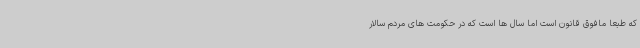
که طبعاً مافوق قانون است اما سال ها است که در حکومت های مردم سالار